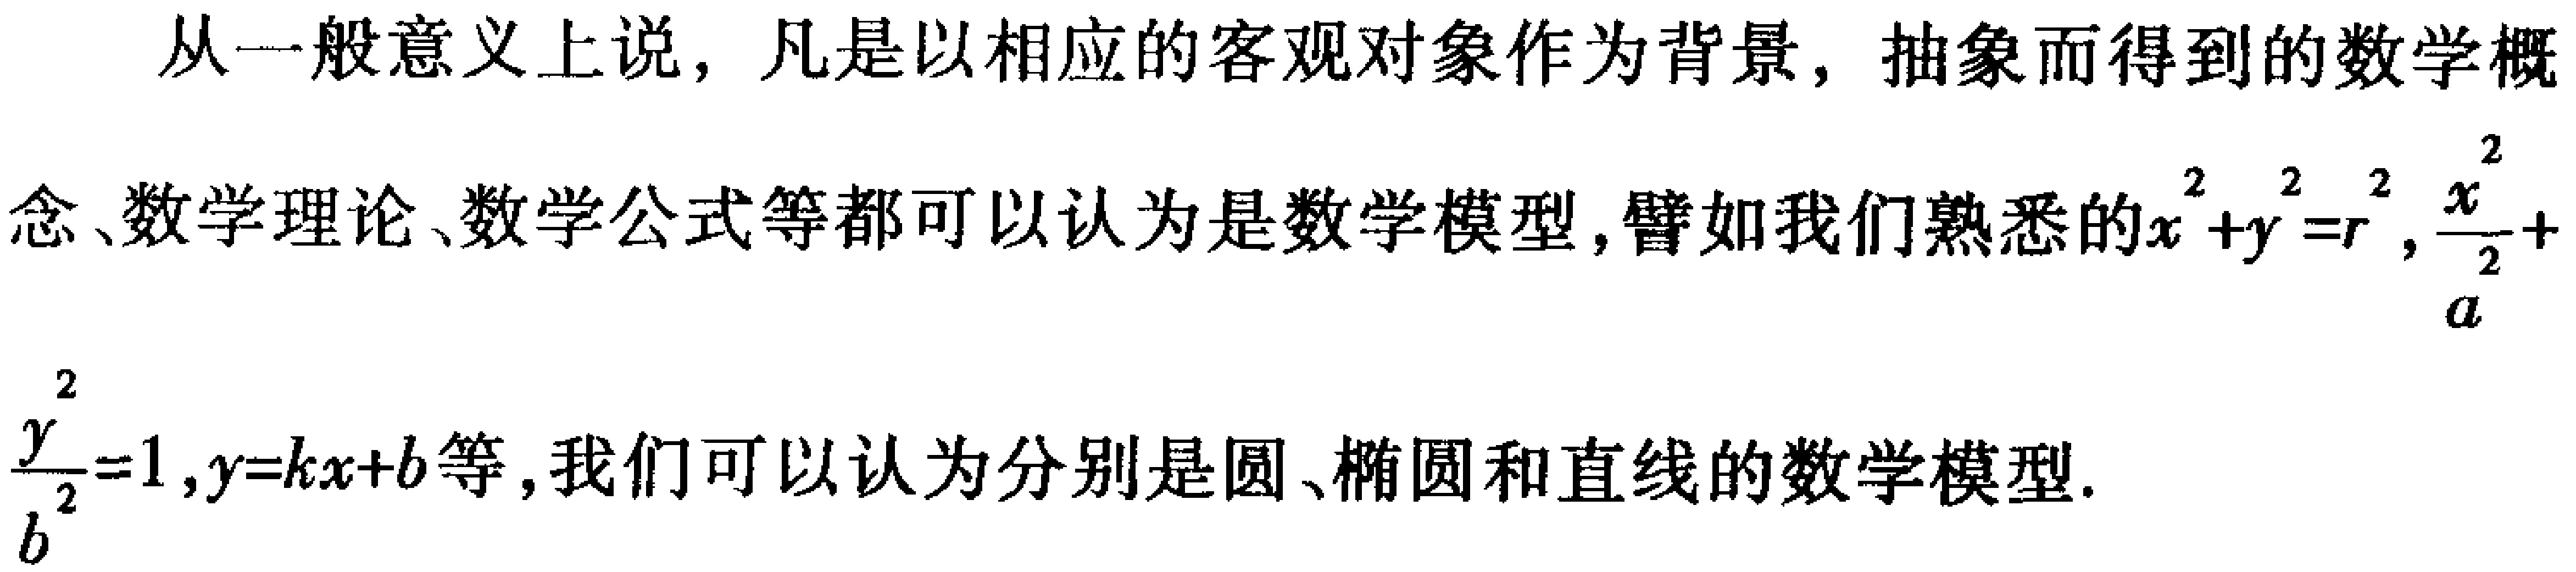
从一般意义上说，凡是以相应的客观对象作为背景，抽象而得到的数学概

念、数学理论、数学公式等都可以认为是数学模型，譬如我们熟悉的\(x^{2}+y^{2}=r^{2}\)，\(\frac{x^{2}}{a^{2}} + \frac{y^{2}}{b^{2}}=1\)，\(y = kx + b\)等，我们可以认为分别是圆、椭圆和直线的数学模型.